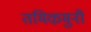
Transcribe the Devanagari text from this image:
तमिऴमुनी